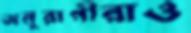
অনুরাগীরাও